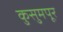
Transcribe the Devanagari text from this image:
कुसुमपूर